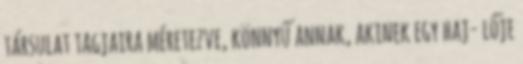
társulat tagjaira méretezve, könnyű annak, akinek egy haj- lője